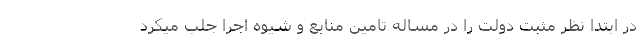
در ابتدا نظر مثبت دولت را در مساله تامین منابع و شیوه اجرا جلب میکرد